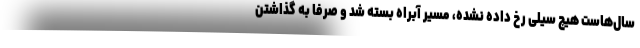
سال‌هاست هیچ‌ سیلی رخ داده نشده، مسیر آبراه بسته شد و صرفاً به گذاشتن